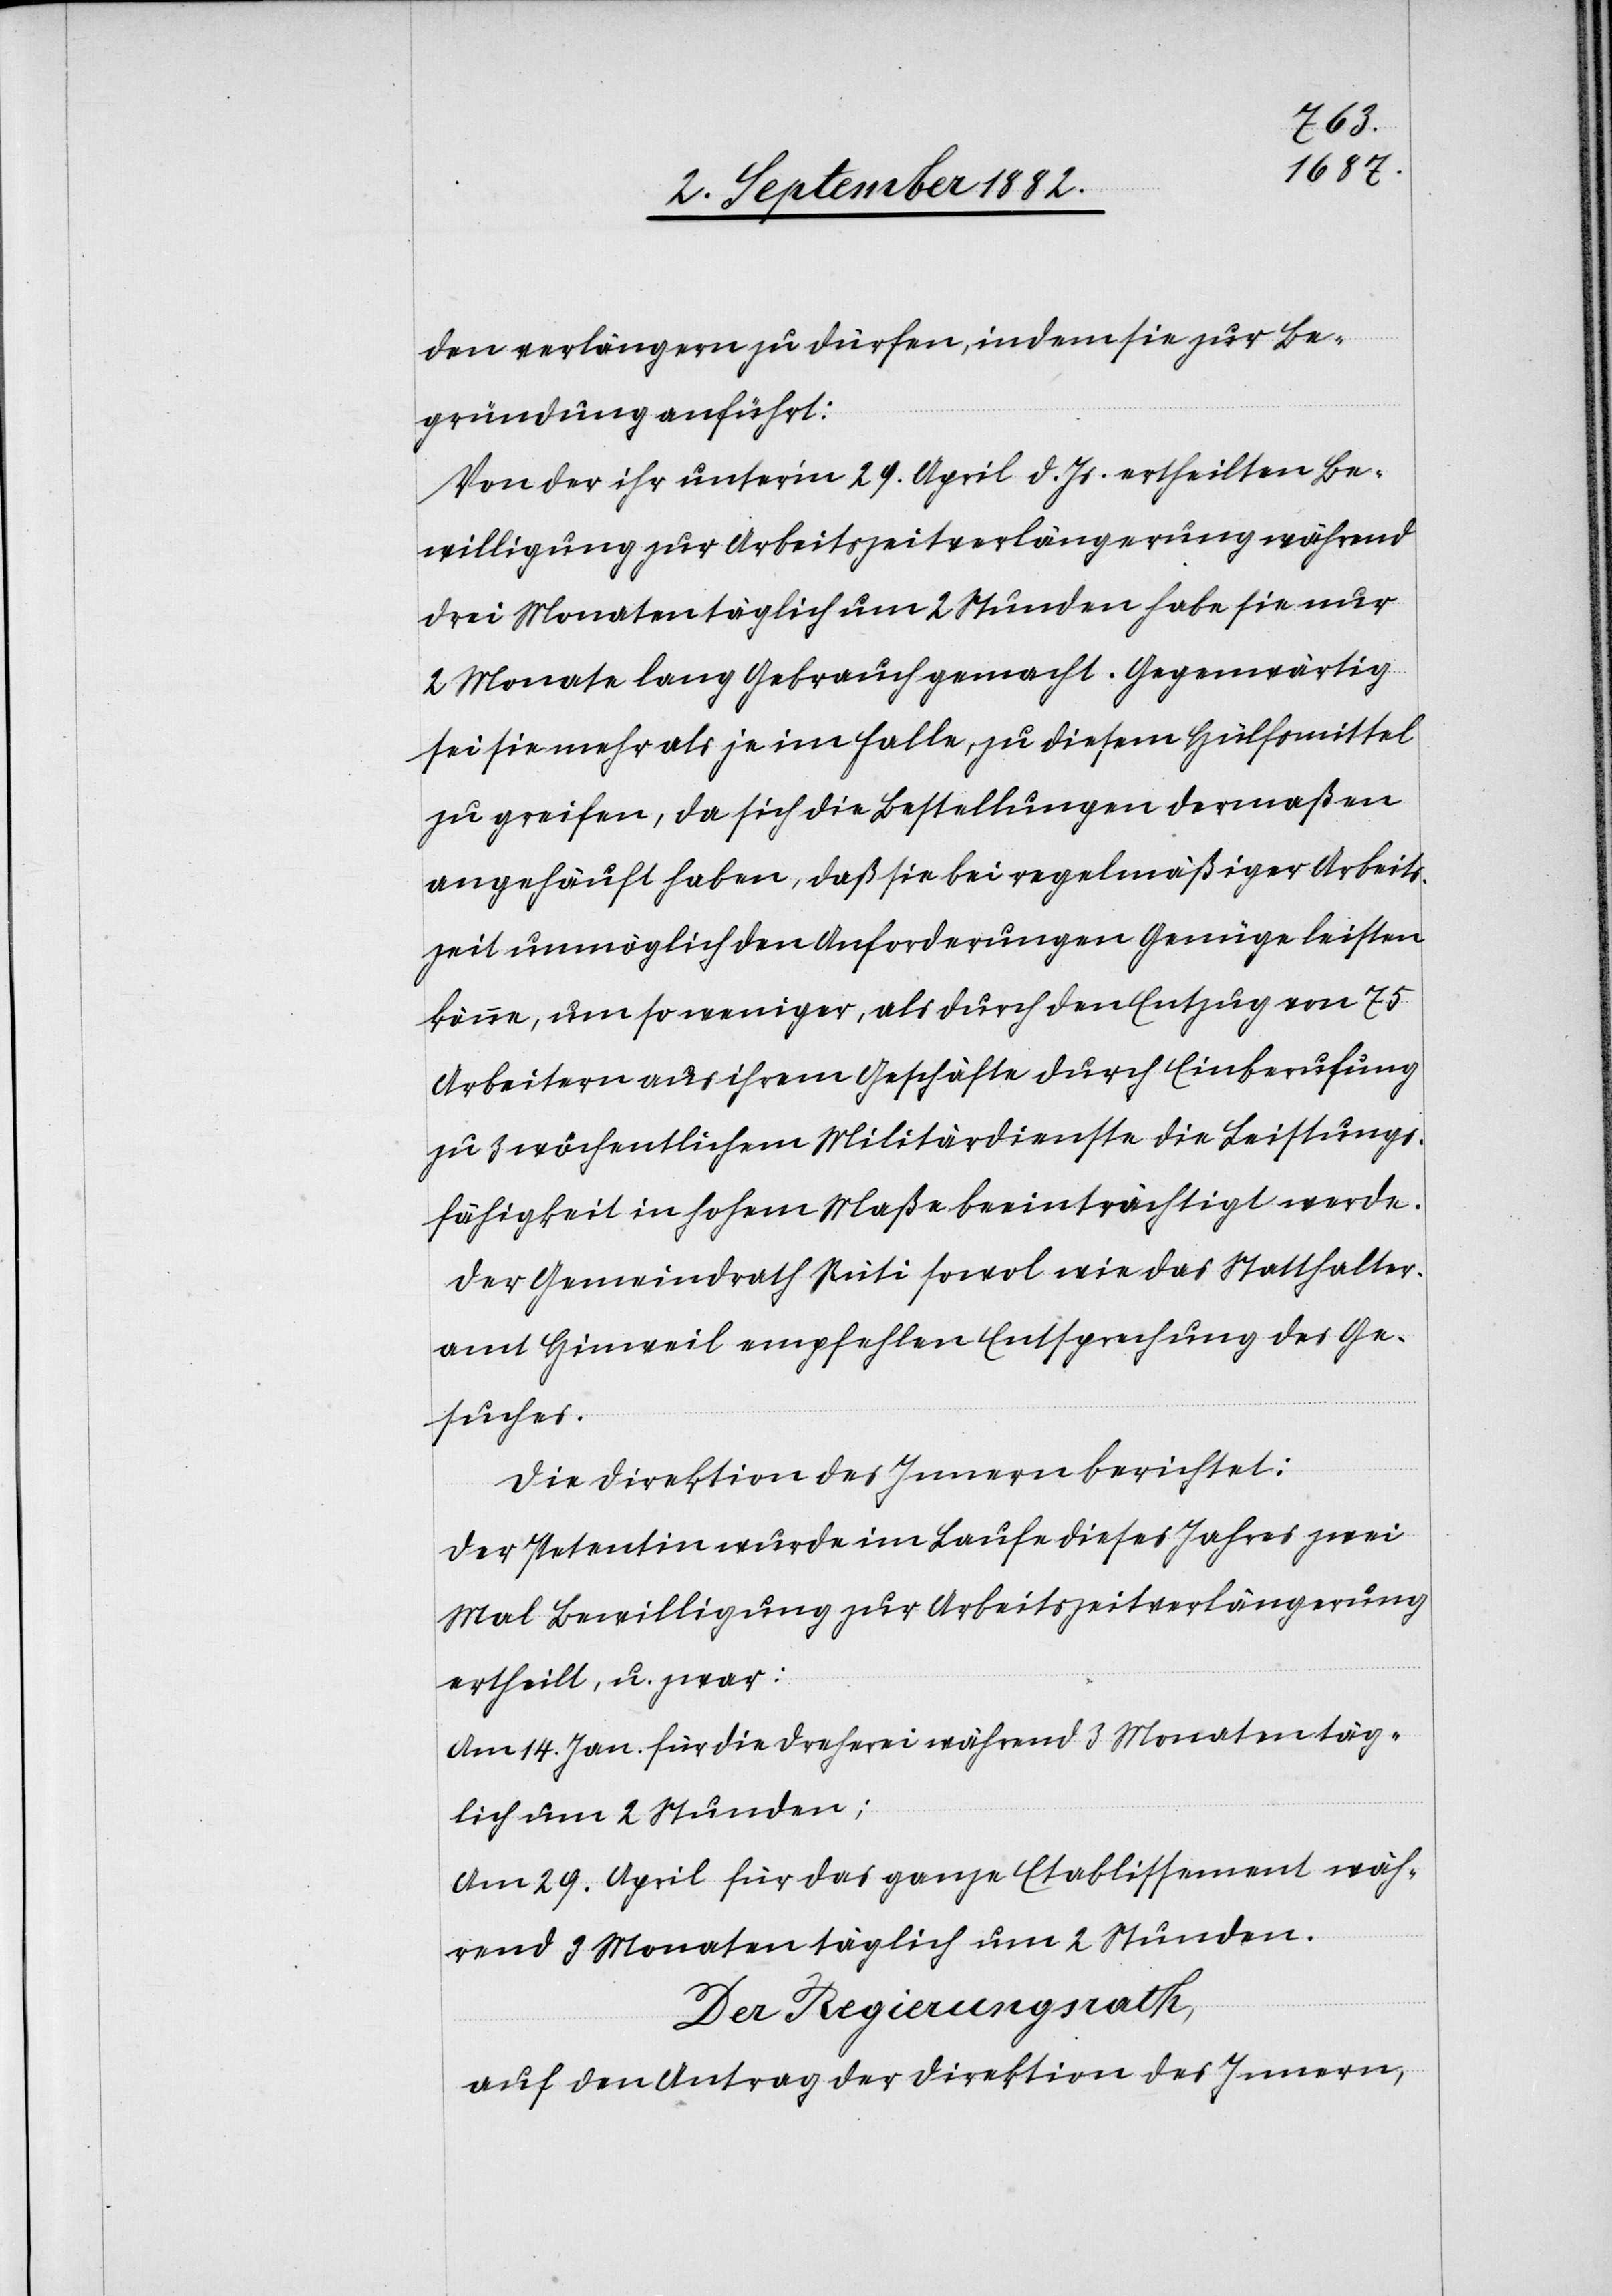
den verlängern zu dürfen, indem sie zur Be¬
gründung anführt:
Von der ihr unter’m 29. April d. Js. ertheilten Be¬
willigung zur Arbeitszeitverlängerung während
drei Monaten täglich um 2 Stunden habe sie nur
2 Monate lang Gebrauch gemacht. Gegenwärtig
sei sie mehr als je im Falle, zu diesem Hülfsmittel
zu greifen, da sich die Bestellungen dermaßen
angehäuft haben, daß sie bei regelmäßiger Arbeit¬
szeit unmöglich den Anforderungen Genüge leisten
könne, um so weniger, als durch den Entzug von 75
Arbeitern aus ihrem Geschäfte durch Einberufung
zu 3 wöchentlichem Militärdienste die Leistungs¬
fähigkeit in hohem Maße beeinträchtigt werde.
Der Gemeindrath Rüti sowol wie das Statthalter¬
amt Hinweil empfehlen Entsprechung des Ge¬
suches.
Die Direktion des Innern berichtet:
Der Petentin wurde im Laufe dieses Jahres zwei
Mal Bewilligung zur Arbeitszeitverlängerung
ertheilt, u. zwar:
Am 14. Jan. für die Dreherei während 3 Monaten täg¬
lich um 2 Stunden;
Am 29. April für das ganze Etablissement wäh¬
rend 3 Monaten täglich um 2 Stunden.
Der Regierungsrath,
auf den Antrag der Direktion des Innern,